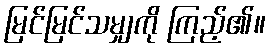
မြင်မြင်သမျှကို ကြည့်၏။